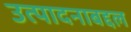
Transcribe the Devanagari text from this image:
उत्पादनाबद्दल